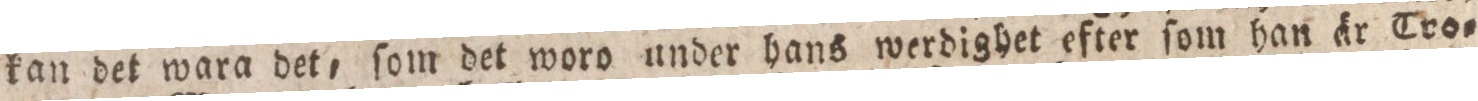
kan det wara det, ſom det woro under hans werdighet efter ſom han är Tro=